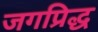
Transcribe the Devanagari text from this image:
जगप्रिद्ध